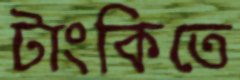
টাংকিতে